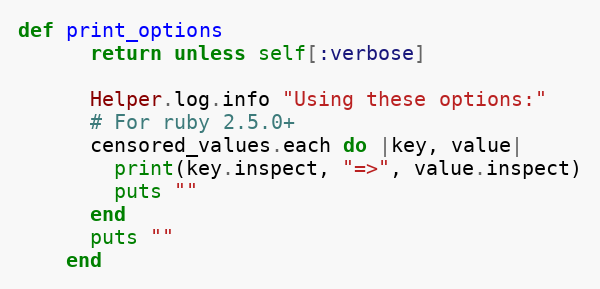
Language: Ruby
def print_options
      return unless self[:verbose]

      Helper.log.info "Using these options:"
      # For ruby 2.5.0+
      censored_values.each do |key, value|
        print(key.inspect, "=>", value.inspect)
        puts ""
      end
      puts ""
    end